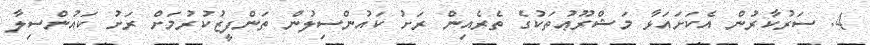
4. ސަރުކާރުން އެކަށައަޅާ މަޝްރޫޢުތަކުގެ ތެރެއިން ރަށު ކައުންސިލުން ތަންފީޒުކުރުމަށް ރަށު ކައުންސިލާ